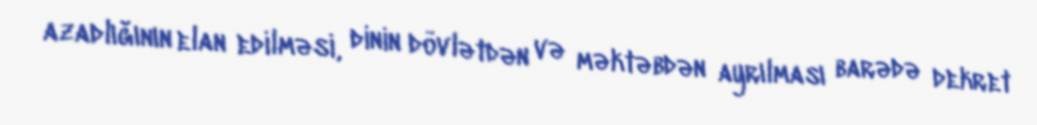
azadlığının elan edilməsi, dinin dövlətdən və məktəbdən ayrılması barədə dekret